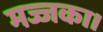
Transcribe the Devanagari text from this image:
मज्जका।